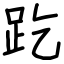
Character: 趷